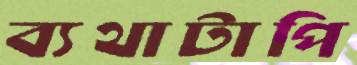
ব্যথাটাপি